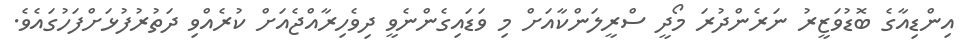
އިންޑިއާގެ ބޮޑުވަޒީރު ނަރެންދުރަ މޯދީ ސްރީލަންކާއަށް މި ވަޑައިގެންނެވީ ދިވެހިރާއްޖެއަށް ކުރެއްވި ދަތުރުފުޅަށްފަހުގައެވެ.